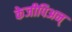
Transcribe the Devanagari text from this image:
केजीपिअन्